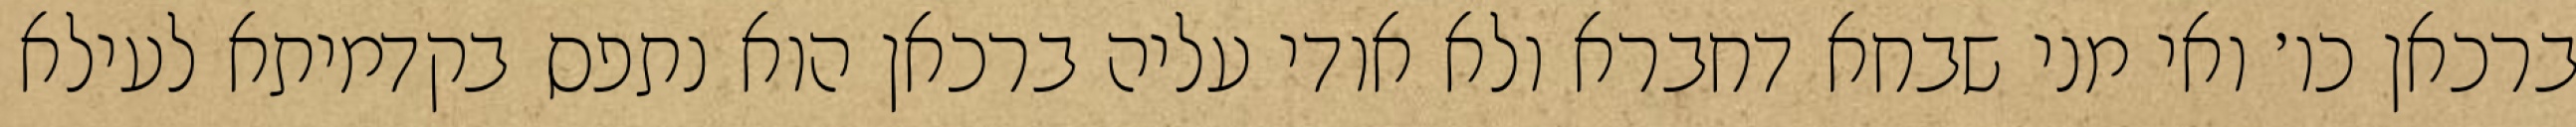
ברכאן כו׳ ואי מני שבחא דחברא ולא אודי עליה ברכאן הוא נתפס בקדמיתא לעילא